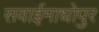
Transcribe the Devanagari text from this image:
सवाईमाधोपुर